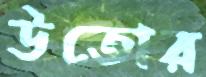
উতোর